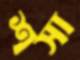
শসা